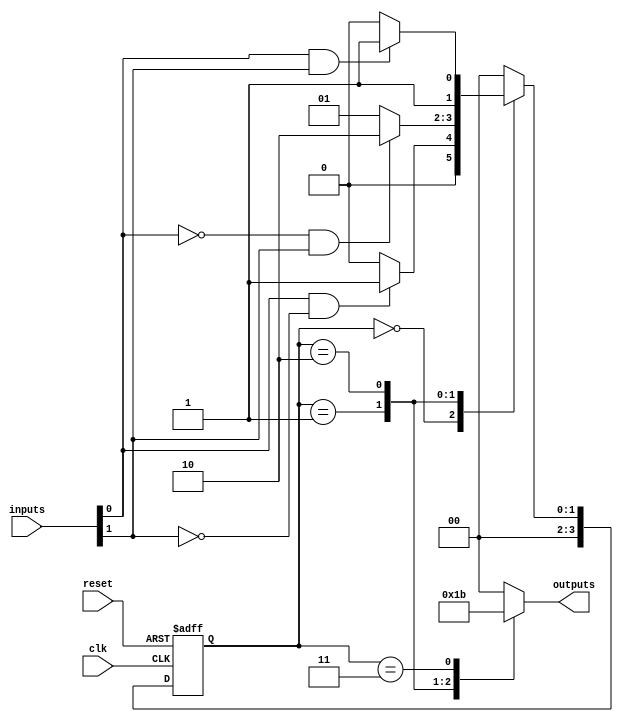
module finite_state_machine (
    input wire clk,
    input wire reset,
    input wire [N_INPUTS-1:0] inputs,
    output reg [N_OUTPUTS-1:0] outputs
);

parameter N_STATES = 4;
parameter N_INPUTS = 2;
parameter N_OUTPUTS = 2;

reg [N_STATES-1:0] state_reg;
reg [N_STATES-1:0] next_state;

// State transition table
always @ (*)
begin
    case (state_reg)
        0: begin
            if (inputs[0] && !inputs[1])
                next_state = 1;
            else
                next_state = 0;
        end
        1: begin
            if (!inputs[0] && inputs[1])
                next_state = 2;
            else
                next_state = 1;
        end
        2: begin
            if (inputs[0] && inputs[1])
                next_state = 3;
            else
                next_state = 2;
        end
        3: begin
            next_state = 0;
        end
        default: next_state = 0;
    endcase
end

// Output logic
always @ (*)
begin
    case (state_reg)
        0: outputs = 2'b00;
        1: outputs = 2'b01;
        2: outputs = 2'b10;
        3: outputs = 2'b11;
        default: outputs = 2'b00;
    endcase
end

// State register and next state logic
always @ (posedge clk, posedge reset)
begin
    if (reset)
        state_reg <= 0;
    else
        state_reg <= next_state;
end

endmodule